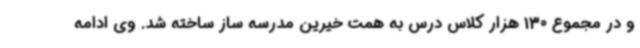
و در مجموع 130 هزار کلاس درس به همت خیرین مدرسه ساز ساخته شد. وی ادامه